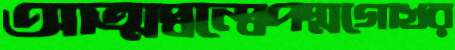
আত্মদ্বন্দ্বেপদ্মগোখর